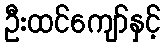
ဦးထင်ကျော်နှင့်